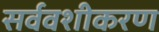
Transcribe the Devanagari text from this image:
सर्ववशीकरण